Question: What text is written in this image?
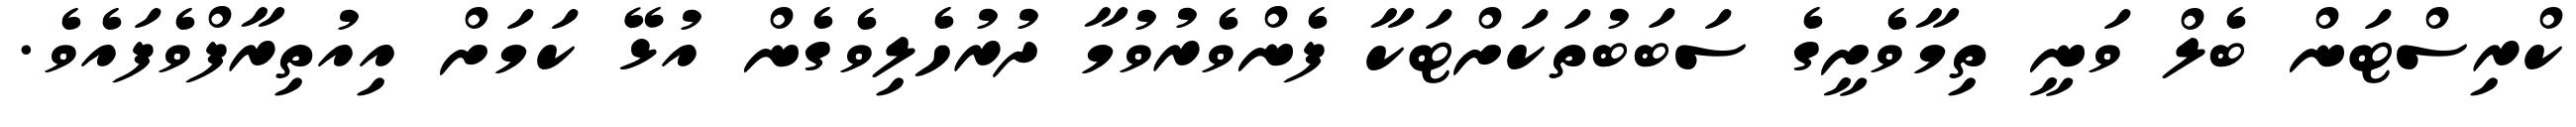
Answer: ކްރިސްޓަން ބެލް ވަނީ ތިމާވެށީގެ ސަބަބުތަކަށްޓަކާ ފެންވެރުވުމާ ދުރުހެލިވެގެން އުޅޭ ކަމަށް އިއުތިރާފްވެފައެވެ.